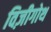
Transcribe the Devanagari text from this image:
विज़ीगोथ